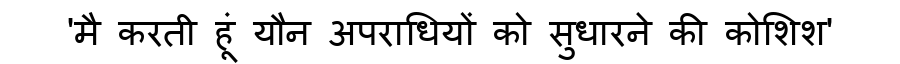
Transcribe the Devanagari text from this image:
'मै करती हूं यौन अपराधियों को सुधारने की कोशिश'